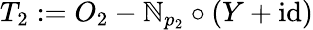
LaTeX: T_{2}:=O_{2}-\mathbb{N}_{p_{2}}\circ(Y+\mathrm{{id}})